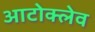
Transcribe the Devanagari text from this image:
आटोक्‍लेव